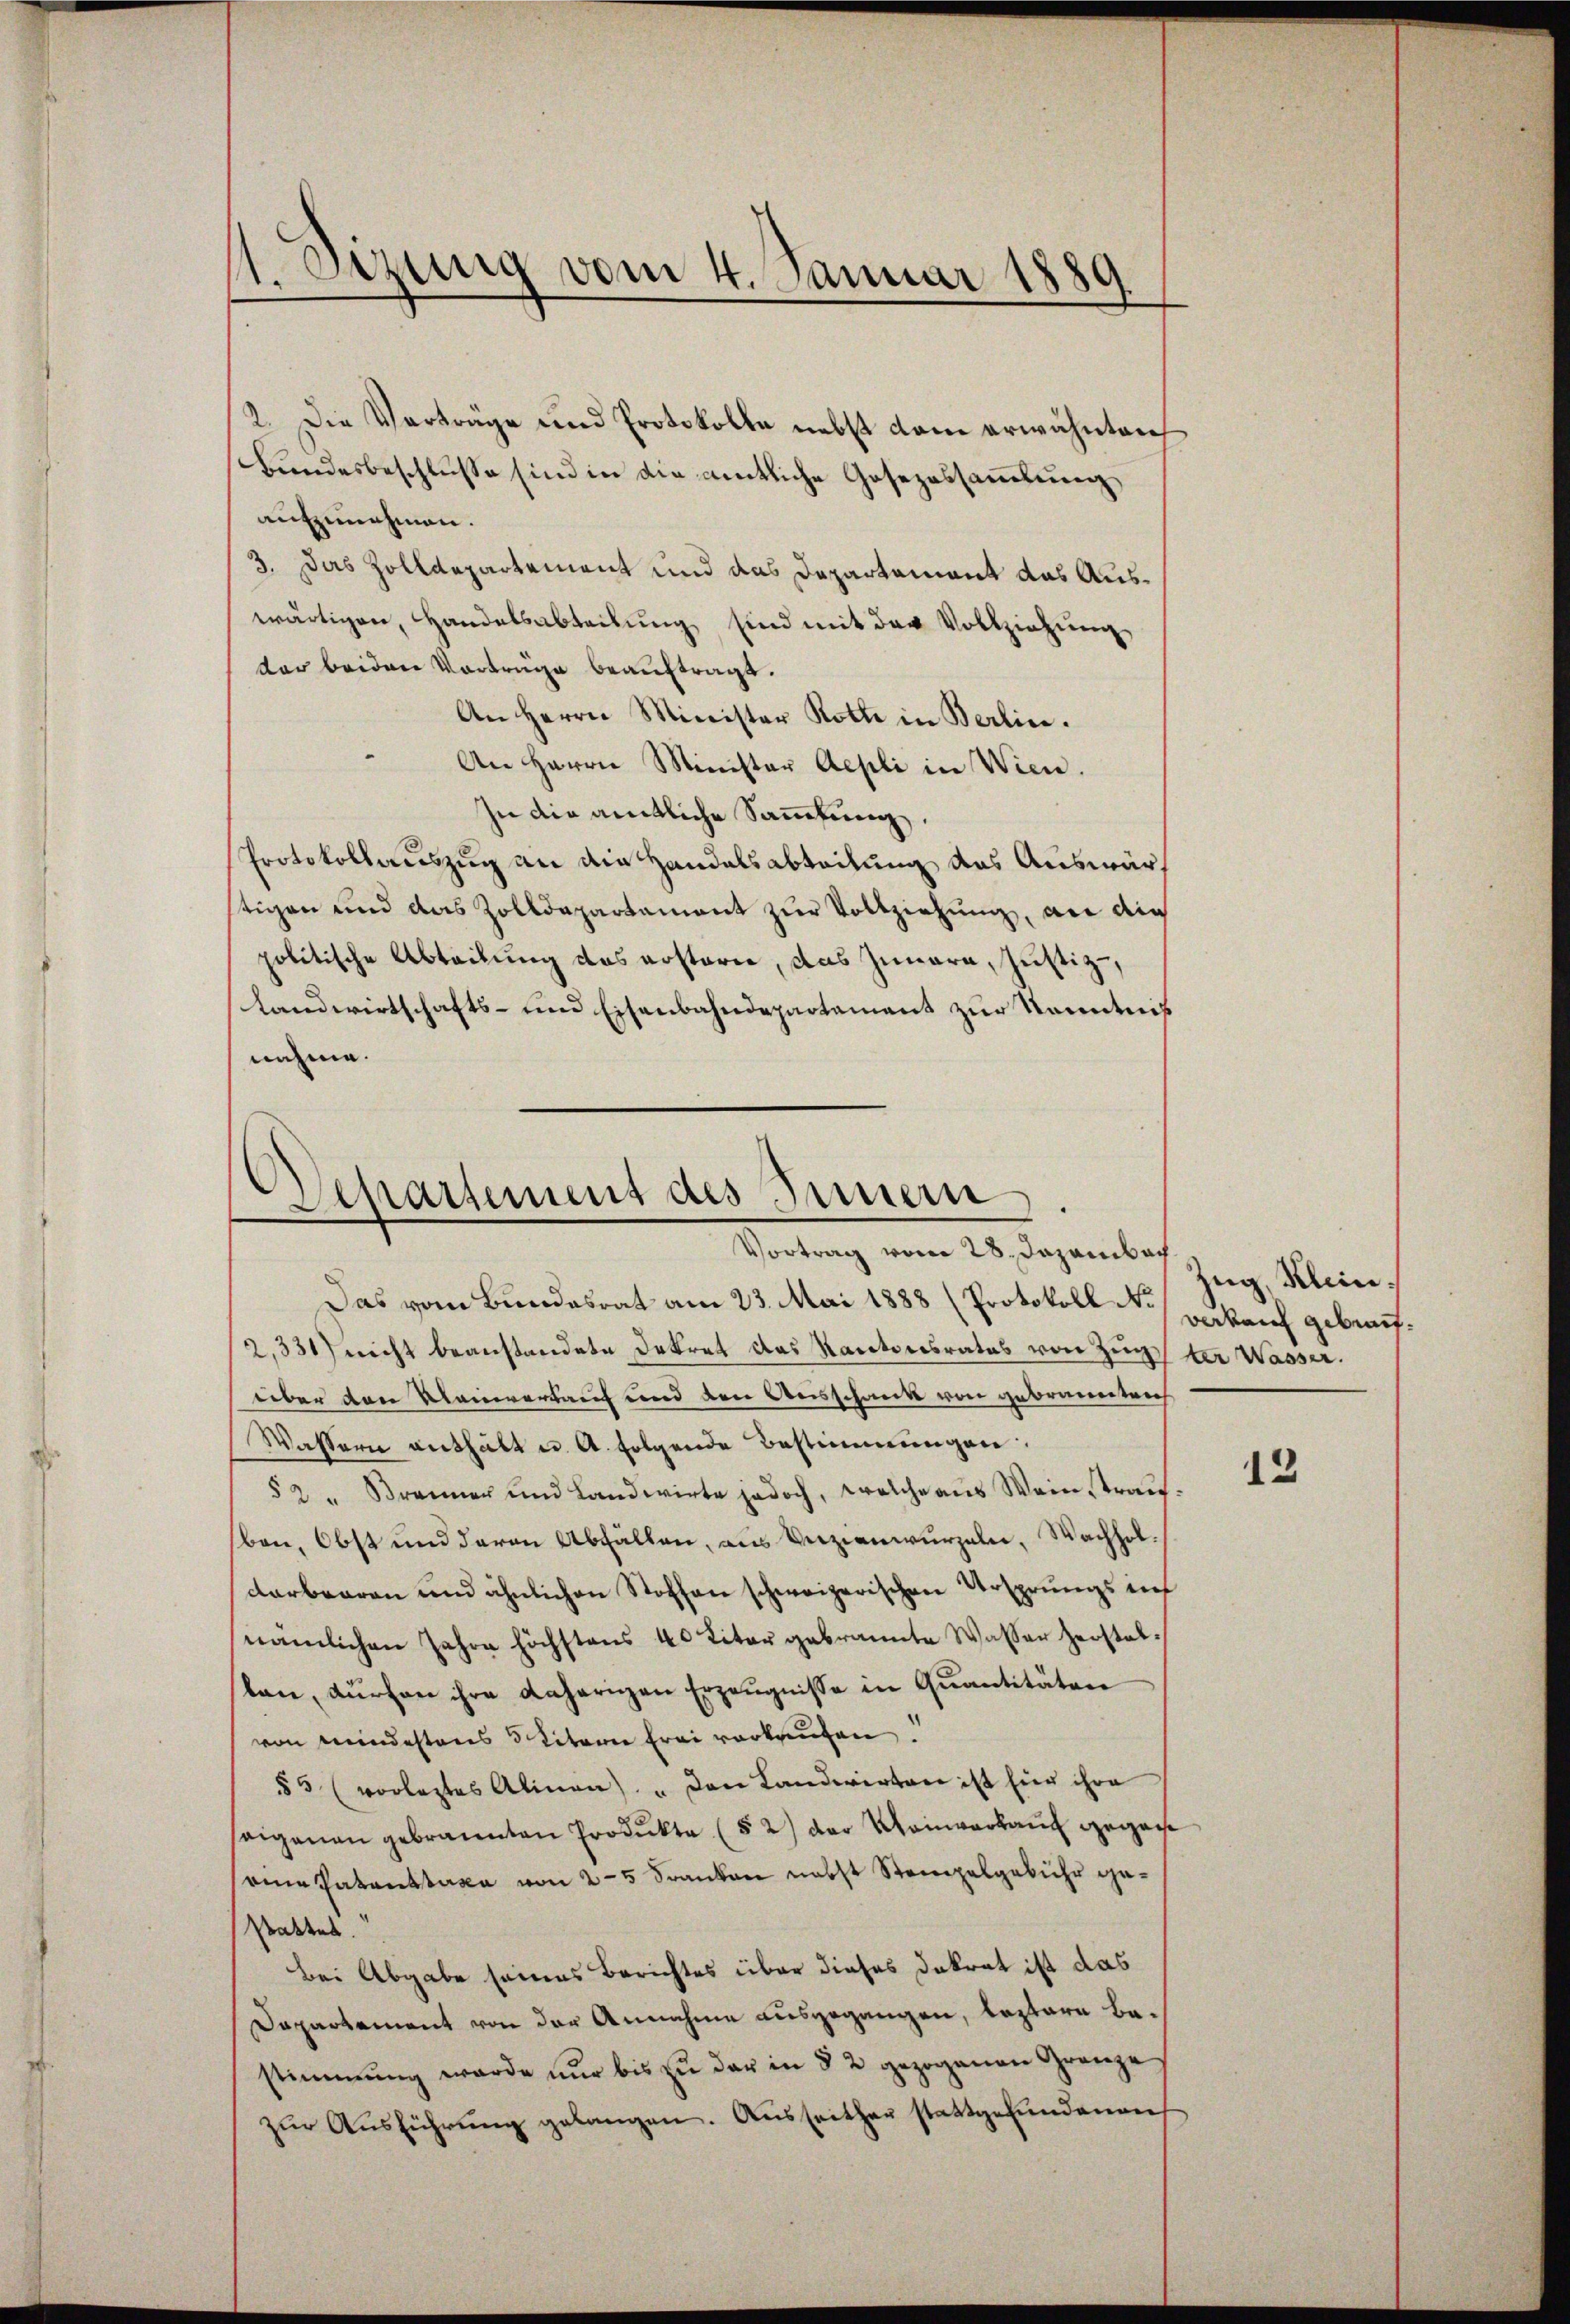
1. Setzung vom 4. Januar 1889

2. Die Vortrage und Protokolle nebst dem erwähnten
Bundesbeschlusse sind in die amtliche Gesezessammlung,
aufzunehmen.
3. Das Zolldepartement und das Departement das Auswärtigen, Handelsabteilung sind mit der Vollziehung
der beiden Vorträge beauftragt.
An Herrn Minister Rotte in Berlin.
An Herrn Minister Aepli in Wien.
In die amtliche Sammlung.
Protokollauszug an die Handelsabteilung das Auswärstigen und das Zolldepartament zur Vollziehung, an die
politische Abteilung das erstaren, das Innern, Justiz,
Landwirtschafts- und Eisenbahndepartement zur Kenntniß
nehme.

Departement des Innern
Vortrag vom 28. Dazambach

Zug, Klein.
verkauf gebrach.

Das vom Bundesrat am 23. Mai 1888 (Protokoll No
2,331) nicht beanstandete Dekret das Kantonsrates von Zugter Wasser.
über den Kleinverkauf und den Ausschank von gebrannten
Wassern enthält u. A. Folgende Bestimmungen
§ 2 " Brenner und Landwirte jedoch, welche aŭs Wein traŭ-
ben, Obst und deren Abfällen, aus Verzienwurzeln, Wachholdarbaren und ähnlichen Stoffen schweizerischen Ursprungs in
nämlichen Jahre höchstens 40 Liter gebrannte Wasser Herstellan, durchen ihre daherigen Erzeugnisse in Quantitäten
von mindestens 5 Literer frei verkaufen
§ 5 (vorletztes Alinen) " den Landwirten ist für ihre
seigenau gebrannten Produkte (§ 2) der Weinverkauf gegense
aie Patenstaxa von 25 Franken nebst Stempelgebühr ge¬
Praktes.
Bei Abgabe seines Berichtes über dieses Dekret ist das
Dapartement von der Annahme ausgegangen, leztere Bestimmung wurde nur bis zu der in § 2 gezogenen Gränze
zŭr Aŭsführŭng gelangen. Ausseither stattgefundenen

12